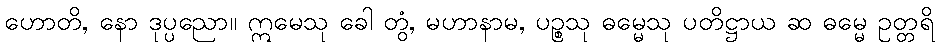
ဟောတိ, နော ဒုပ္ပညော။ ဣမေသု ခေါ တွံ, မဟာနာမ, ပဉ္စသု ဓမ္မေသု ပတိဋ္ဌာယ ဆ ဓမ္မေ ဥတ္တရိ